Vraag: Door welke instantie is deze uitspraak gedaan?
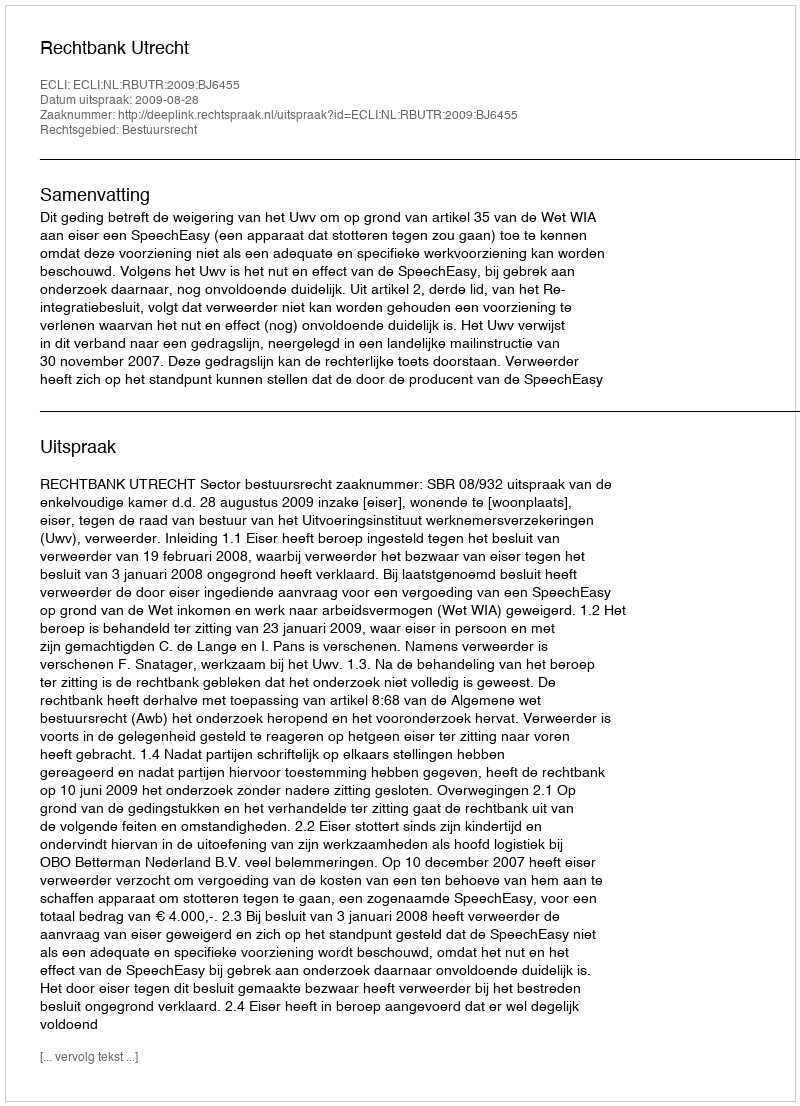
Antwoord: Rechtbank Utrecht